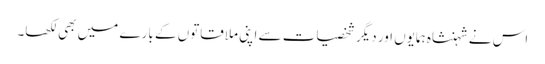
اس نے شہنشاہ ہمایوں اور دیگر شخصیات سے اپنی ملاقاتوں کے بارے میں بھی لکھا۔